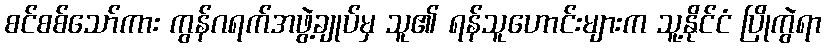
စင်စစ်သော်ကား ကွန်ဂရက်အဖွဲ့ချုပ်မှ သူ၏ ရန်သူဟောင်းများက သူ့နိုင်ငံ ပြိုကွဲရာ